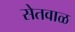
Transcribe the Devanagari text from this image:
सेतवाळ